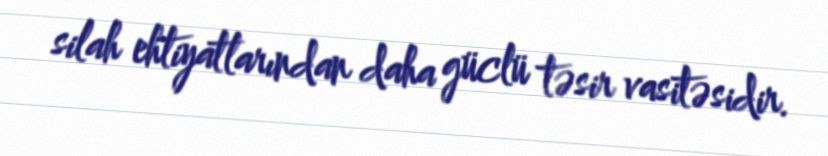
silah ehtiyatlarından daha güclü təsir vasitəsidir.